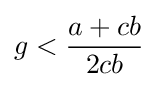
g<{\frac {a+cb}{2cb}}